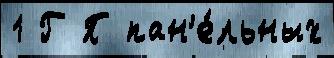
1 Г П пан'е́льных